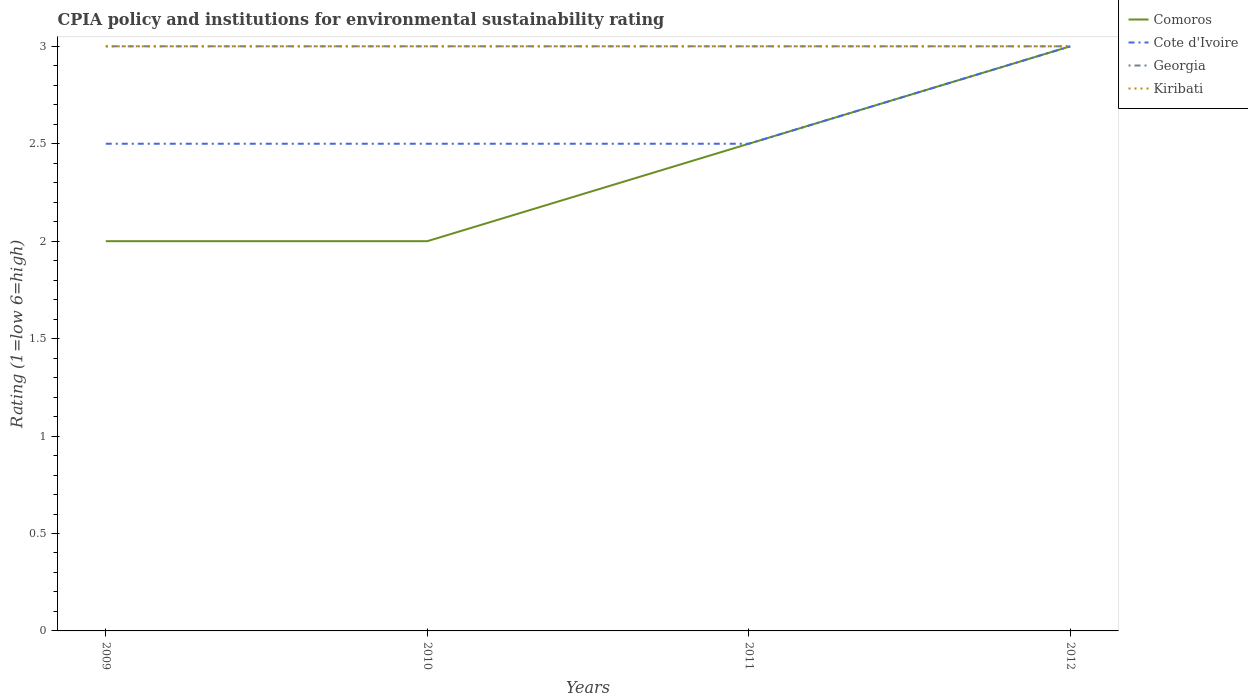
| Years | Comoros | Cote d'Ivoire | Georgia | Kiribati |
 | --- | --- | --- | --- | --- |
 | 2009 | 2 | 2.5 | 3 | 3 |
 | 2010 | 2 | 2.5 | 3 | 3 |
 | 2011 | 2.5 | 2.5 | 3 | 3 |
 | 2012 | 3 | 3 | 3 | 3 |